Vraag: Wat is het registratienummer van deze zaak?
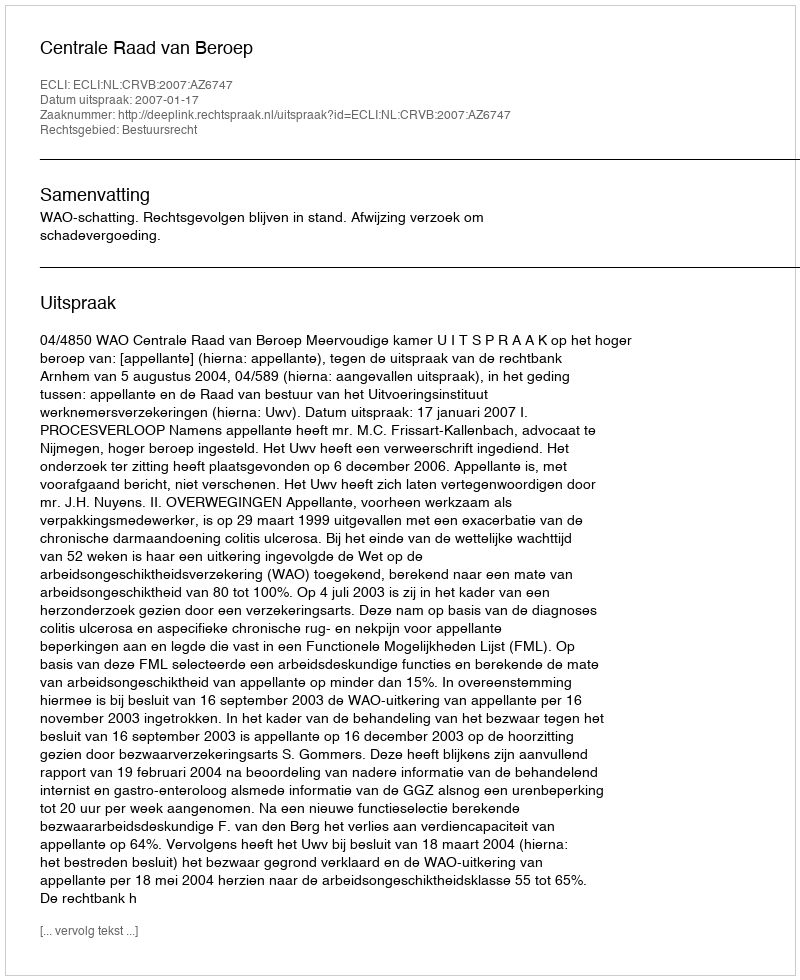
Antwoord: http://deeplink.rechtspraak.nl/uitspraak?id=ECLI:NL:CRVB:2007:AZ6747